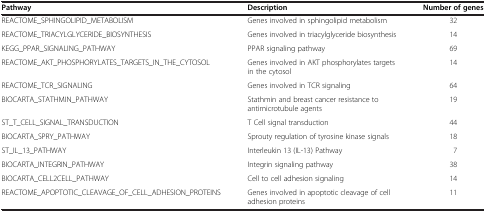
| Pathway | Description | Number of genes |
 | --- | --- | --- |
 | REACTOME_SPHINGOLIPID_METABOLISM | Genes involved in sphingolipid metabolism | 32 |
 | REACTOME_TRIACYLGLYCERIDE_BIOSYNTHESIS | Genes involved in triacylglyceride biosynthesis | 14 |
 | KEGG_PPAR_SIGNALING_PATHWAY | PPAR signaling pathway | 69 |
 | REACTOME_AKT_PHOSPHORYLATES_TARGETS_IN_THE_CYTOSOL | Genes involved in AKT phosphorylates targets in the cytosol | 14 |
 | REACTOME_TCR_SIGNALING | Genes involved in TCR signaling | 64 |
 | BIOCARTA_STATHMIN_PATHWAY | Stathmin and breast cancer resistance to antimicrotubule agents | 19 |
 | ST_T_CELL_SIGNAL_TRANSDUCTION | T Cell signal transduction | 44 |
 | BIOCARTA_SPRY_PATHWAY | Sprouty regulation of tyrosine kinase signals | 18 |
 | ST_IL_13_PATHWAY | Interleukin 13 (IL-13) Pathway | 7 |
 | BIOCARTA_INTEGRIN_PATHWAY | Integrin signaling pathway | 38 |
 | BIOCARTA_CELL2CELL_PATHWAY | Cell to cell adhesion signaling | 14 |
 | REACTOME_APOPTOTIC_CLEAVAGE_OF_CELL_ADHESION_PROTEINS | Genes involved in apoptotic cleavage of cell adhesion proteins | 11 |